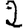
Digit: 2